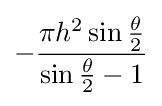
-{\frac {\pi h^{2}\sin {\frac {\theta }{2}}}{\sin {\frac {\theta }{2}}-1}}